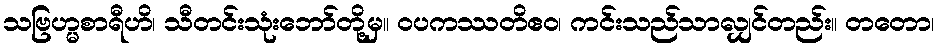
သဗြဟ္မစာရီဟိ၊ သီတင်းသုံးဘော်တို့မှ။ ဝပကဿတိဧဝ၊ ကင်းသည်သာလျှင်တည်း။ တတော၊